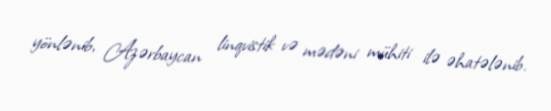
yönlənib, Azərbaycan linqvistik və mədəni mühiti ilə əhatələnib.